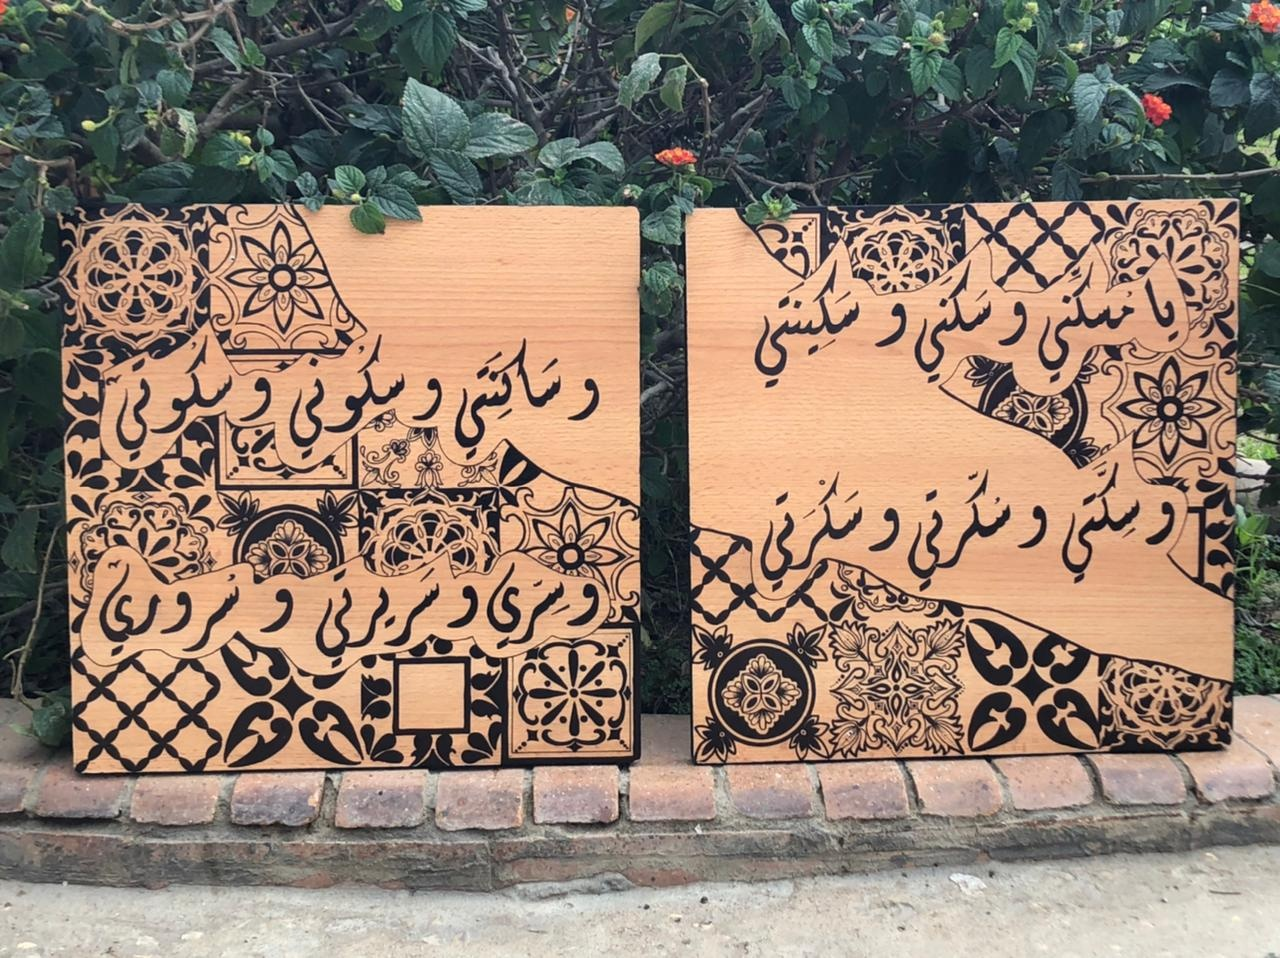
Text in image: يا سكينتي مسكني سكني و سكوتي وساكنتي سكوني و و وسكتي سكرتي سكرتي و وسري و سريرتي سروري و